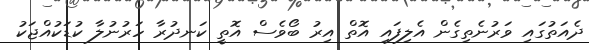
ދެއަތުގައި ވަރުނެތިގެން އެލިފައި އޮތް އިރު ބޯވެސް އޮތީ ކަނދުރާ ހަރުނުލާ ކުޑަކުއްޖަކު